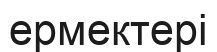
ермектері